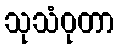
သုသံဝုတာ